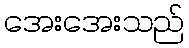
အေးအေးသည်